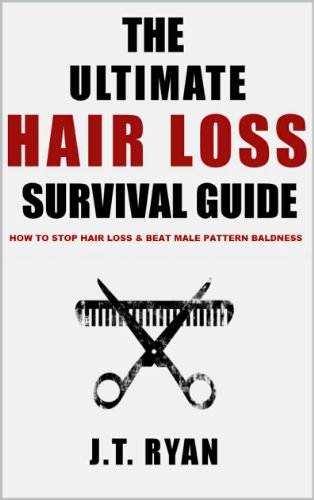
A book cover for The Ultimate Hair Loss Survival Guide; J.T. Ryan; Health, Fitness & Dieting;